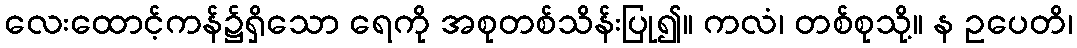
လေးထောင့်ကန်၌ရှိသော ရေကို အစုတစ်သိန်းပြု၍။ ကလံ၊ တစ်စုသို့။ န ဥပေတိ၊